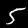
Digit: 5